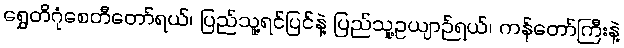
ရွှေတိဂုံစေတီတော်ရယ်၊ ပြည်သူ့ရင်ပြင်နဲ့ ပြည်သူ့ဥယျာဉ်ရယ်၊ ကန်တော်ကြီးနဲ့